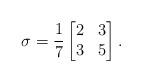
LaTeX: \begin{align*}\sigma = \frac{1}{7} \begin{bmatrix} 2 & 3 \\ 3 & 5 \end{bmatrix}.\end{align*}